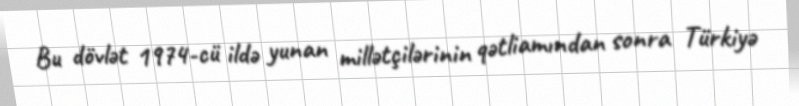
Bu dövlət 1974-cü ildə yunan millətçilərinin qətliamından sonra Türkiyə